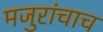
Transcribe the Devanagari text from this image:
मजुरांचाच